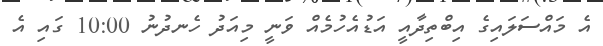
އެ މައްސަލައިގެ އިބްތިދާއީ އަޑުއެހުމެއް ވަނީ މިއަދު ހެނދުނު 10:00 ގައި އެ